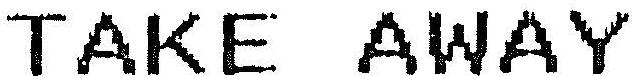
TAKE AWAY